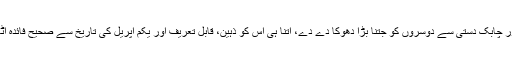
جو شخص جتنی صفائی اور چابک دستی سے دوسروں کو جتنا بڑا دھوکا دے دے، اُتنا ہی اُس کو ذہین، قابلِ تعریف اور یکم اپریل کی تاریخ سے صحیح فائدہ اٹھانے والا سمجھا جاتا ہے۔